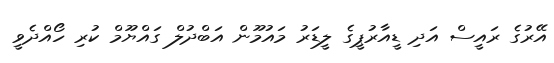
އޭރުގެ ރައީސް އަދި ޑީއާރުޕީގެ ލީޑަރު މައުމޫން އަބްދުލް ގައްޔޫމް ކުރި ހޯއްދެވީ